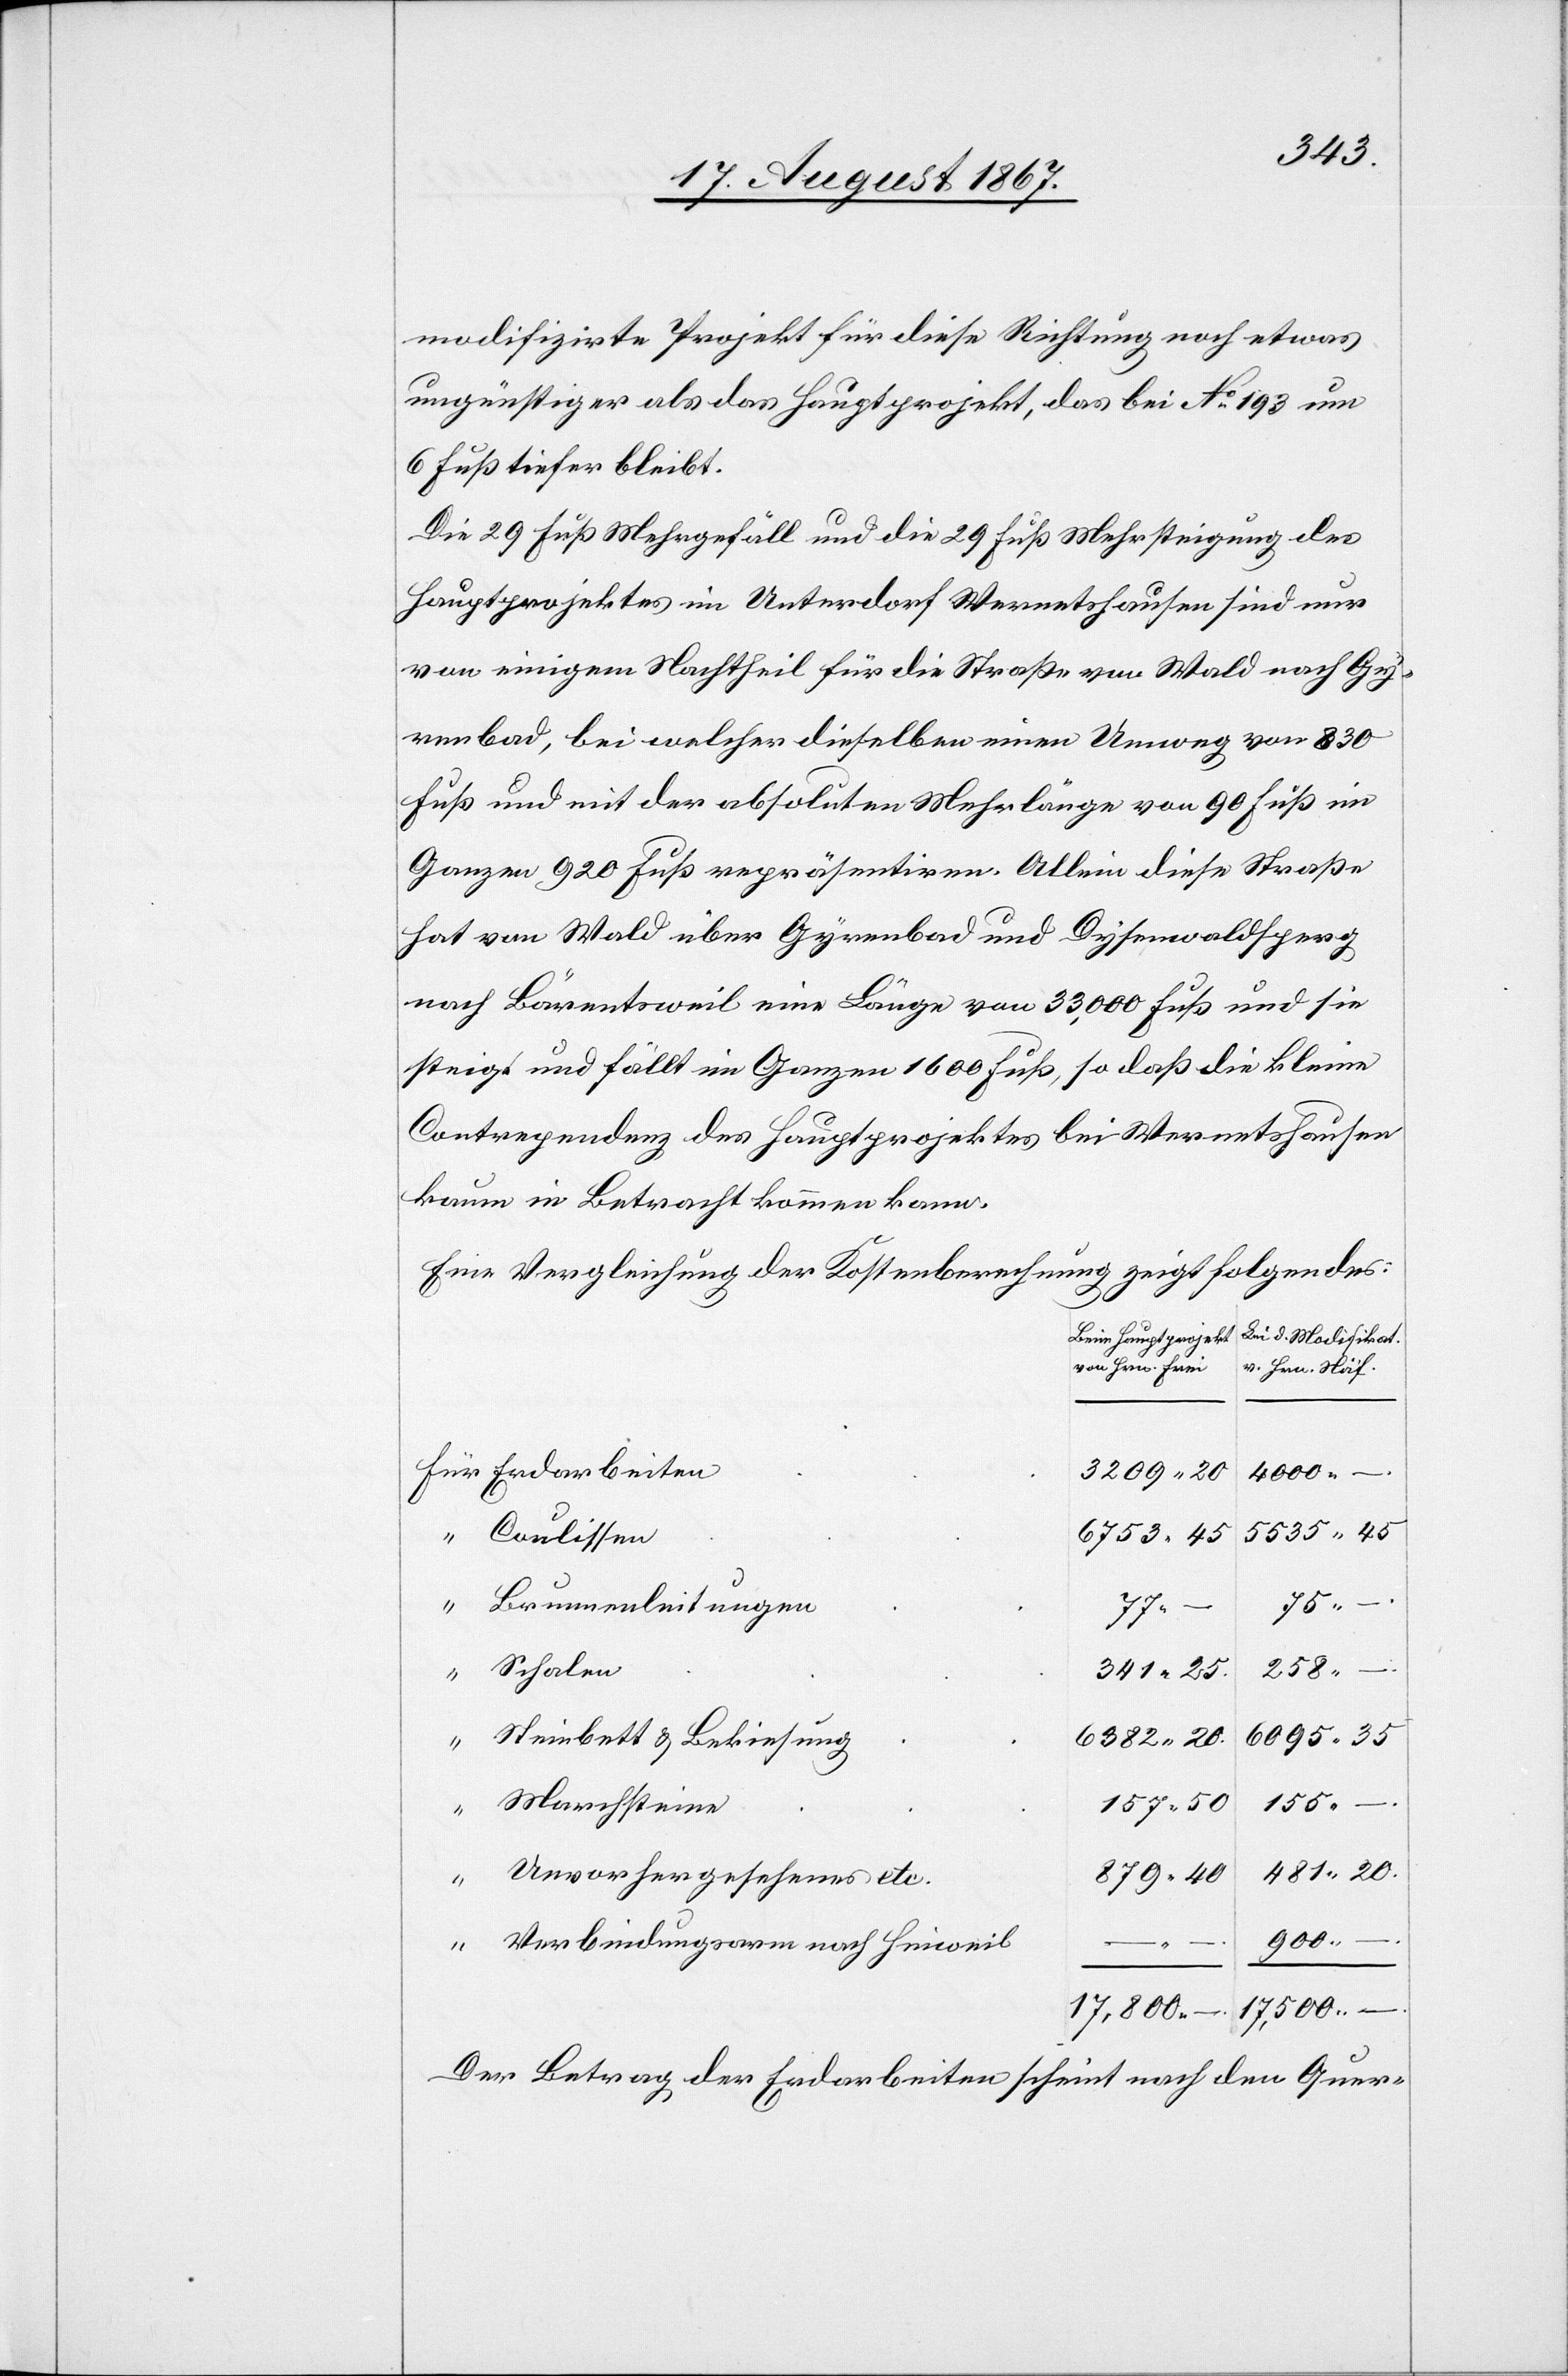
6382.
modifizirte Projekt für diese Richtung noch etwas
ungünstiger als das Hauptprojekt, das bei No. 193 um
6 Fuß tiefer bleibt.
Die 29 Fuß Mehrgefäll und die 29 Fuß Mehrsteigung des
Hauptprojektes im Unterdorf Wernetshausen sind nur
von einigem Nachtheil für die Straße von Wald nach Gy¬
renbad, bei welcher dieselben einen Umweg von 830
Fuß und mit der absoluten Mehrlänge von 90 Fuß im
Ganzen 920 Fuß repräsentiren. Allein diese Straße
hat von Wald über Gyrenbad und Dysenwaldsperg
nach Bärentsweil eine Länge von 33 000 Fuß und sie
steigt und fällt im Ganzen 1600 Fuß, so daß die kleine
Contrapendenz des Hauptprojektes bei Wernetshausen
kaum in Betracht kommen kann.
Eine Vergleichung der Kostenberechnung zeigt folgendes:
Bei d. Modifikat.
Beim Hauptprojekt
von Hrn. Frei
v. Hrn. Näf
–.
Für Erdarbeiten
4000.
45
Coulissen
“ Brunnenleitungen
20.
879.
–
258.
Schalen
Steinbett u. Bekiesung
157.
Marchsteine
155.
45
“ Unvorhergesehenes etc.
–.
500.
“ Verbindungsarm nach Hinweil
Der Betrag der Erdarbeiten scheint nach den Quer-